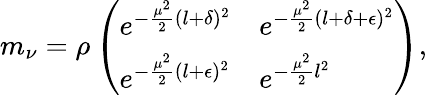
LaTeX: m_{\nu}=\rho\left(\begin{array}{ll}{{e^{-\frac{\mu^{2}}{2}(l+\delta)^{2}}}}&{{e^{-\frac{\mu^{2}}{2}(l+\delta+\epsilon)^{2}}}}\\ {{e^{-\frac{\mu^{2}}{2}(l+\epsilon)^{2}}}}&{{e^{-\frac{\mu^{2}}{2}l^{2}}}}\end{array}\right),